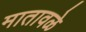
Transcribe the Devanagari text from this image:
मातावळे